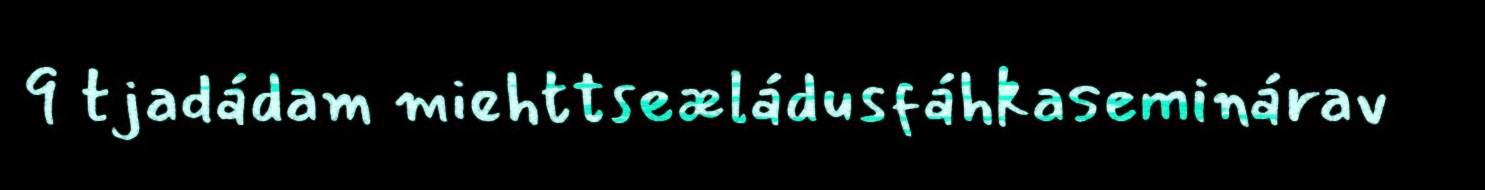
9 tjadádam miehttseæládusfáhkaseminárav